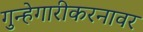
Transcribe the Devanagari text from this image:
गुन्हेगारीकरनावर